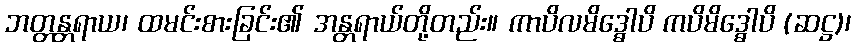
ဘတ္တန္တရာယ၊ ထမင်းစားခြင်း၏ အန္တရာယ်တို့တည်း။ ကာပိလမိဒ္ဓေါပိ ကပိမိဒ္ဓေါပိ (ဆဋ္ဌ)၊